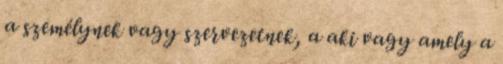
a személynek vagy szervezetnek, a aki vagy amely a